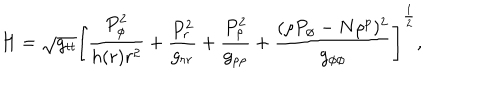
LaTeX: H = \sqrt { g _ { t t } } \left[ { \frac { P _ { \phi } ^ { 2 } } { h ( r ) r ^ { 2 } } } + { \frac { P _ { r } ^ { 2 } } { g _ { r r } } } + { \frac { P _ { \rho } ^ { 2 } } { g _ { \rho \rho } } } + { \frac { ( \rho P _ { \phi } - N \rho ^ { p } ) ^ { 2 } } { g _ { \phi \phi } } } \right] ^ { \frac { 1 } { 2 } } ,